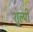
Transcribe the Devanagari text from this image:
शुल्पी